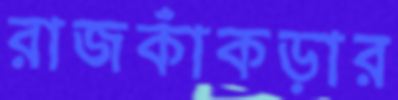
রাজকাঁকড়ার